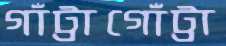
গাঁট্টাগোঁট্টা